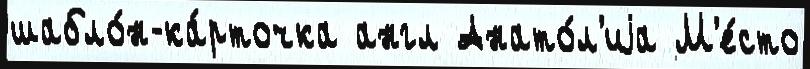
шабло́н-ка́рточка англ Анато́л'иjа М'е́сто